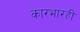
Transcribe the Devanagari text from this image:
कारभारही